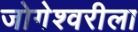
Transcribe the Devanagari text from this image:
जोगेश्वरीला